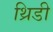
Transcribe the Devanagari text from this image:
थ्रिडी